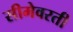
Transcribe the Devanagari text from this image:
सीमेवरती